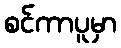
စင်ကာပူမှာ